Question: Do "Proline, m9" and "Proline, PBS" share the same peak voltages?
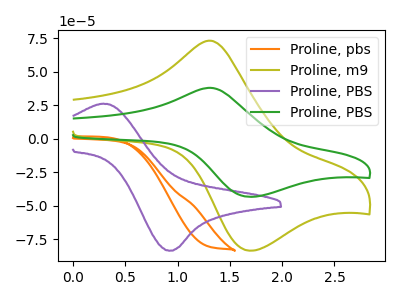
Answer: <think>The orange curve "Proline, pbs" has no peaks. The olive curve "Proline, m9" has an anodic peak at (1.30V, 73.05uA) and a cathodic peak at (1.70V, -83.45uA). The purple curve "Proline, PBS" has an anodic peak at (0.30V, 26.10uA) and a cathodic peak at (0.90V, -83.50uA). The green curve "Proline, PBS" has an anodic peak at (1.30V, 37.90uA) and a cathodic peak at (1.70V, -43.30uA).</think>
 <answer>Yes, "Proline, m9" have a peak in "Proline, PBS" at the same potential.</answer>
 <eval>match</eval>